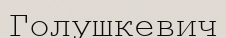
Голушкевич